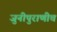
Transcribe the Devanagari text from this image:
जुनीपुराणीच